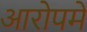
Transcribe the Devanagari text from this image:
आरोपमें